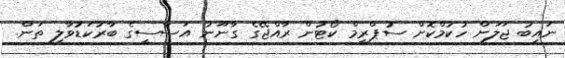
ނައިބު ޖަލަށް ހުކުމްކޮށް ސުޕްރީމް ކޯޓުން ރާއްޖޭގެ ގާނޫނު އަސާސީގެ ބާރުކަޑުވާލި ތަން.